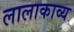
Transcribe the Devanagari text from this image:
लालाकाव्य